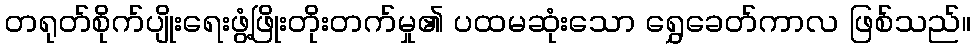
တရုတ်စိုက်ပျိုးရေးဖွံ့ဖြိုးတိုးတက်မှု၏ ပထမဆုံးသော ရွှေခေတ်ကာလ ဖြစ်သည်။